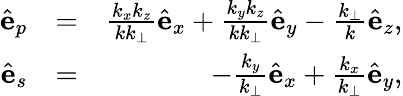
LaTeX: \begin{array}{rlr}{\hat{\mathbf e}_{p}}&{=}&{\frac{k_{x}k_{z}}{kk_{\perp}}\hat{\mathbf e}_{x}+\frac{k_{y}k_{z}}{kk_{\perp}}\hat{\mathbf e}_{y}-\frac{k_{\perp}}{k}\hat{\mathbf e}_{z},}\\ {\hat{\mathbf e}_{s}}&{=}&{-\frac{k_{y}}{k_{\perp}}\hat{\mathbf e}_{x}+\frac{k_{x}}{k_{\perp}}\hat{\mathbf e}_{y},}\end{array}